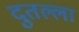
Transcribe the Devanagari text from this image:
दुतल्ला